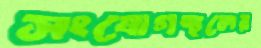
সংযোগস্থলের